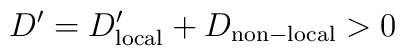
D' =  D'_{{\rm local}}  + D_{{\rm non-local}} > 0